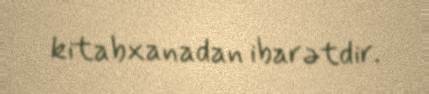
kitabxanadan ibarətdir.